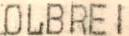
OLBREI